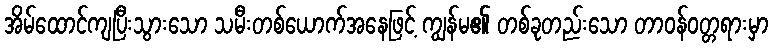
အိမ်ထောင်ကျပြီးသွားသော သမီးတစ်ယောက်အနေဖြင့် ကျွန်မ၏ တစ်ခုတည်းသော တာဝန်ဝတ္တရားမှာ